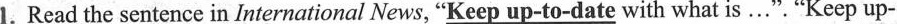
1.Read the sentence in International News, "\underline{Keep up-to-date} with what is…"."Keep up-